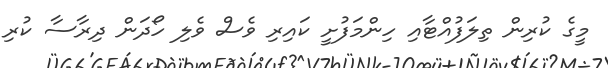
މީގެ ކުރިން ތިލަފުއްޓާއި ހިންމަފުށީ ކައިރި ވެސް ވެލި ހޯދަން ދިރާސާ ކުރި